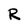
Character: R